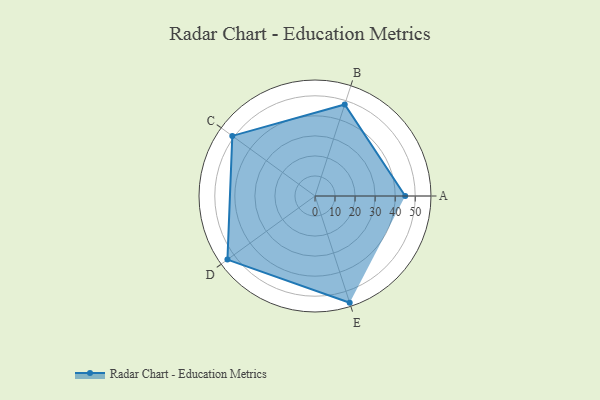
{"axis": {"x": "Skill", "y": "Score"}, "legend": ["Profile"], "data": [{"x": "A", "y": 45.0, "type": "Profile"}, {"x": "B", "y": 48.0, "type": "Profile"}, {"x": "C", "y": 51.0, "type": "Profile"}, {"x": "D", "y": 54.0, "type": "Profile"}, {"x": "E", "y": 56.0, "type": "Profile"}]}